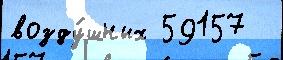
возду́шных 59157